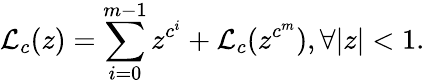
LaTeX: {\mathcal{L}}_{c}(z)=\sum_{i=0}^{m-1}z^{c^{i}}+{\mathcal{L}}_{c}(z^{c^{m}}),\forall|z|<1.